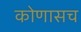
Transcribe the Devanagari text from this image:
कोणासच